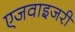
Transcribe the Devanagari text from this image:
एजवाइजरी